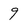
Character: 9